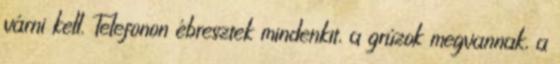
várni kell. Telefonon ébresztek mindenkit, a grúzok megvannak, a